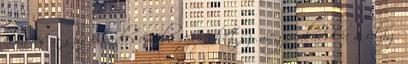
elme és a szív paradicsomába röppenhetsz, megszabadulva a világ